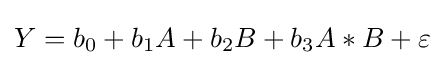
Y=b_{0}+b_{1}A+b_{2}B+b_{3}A*B+\varepsilon